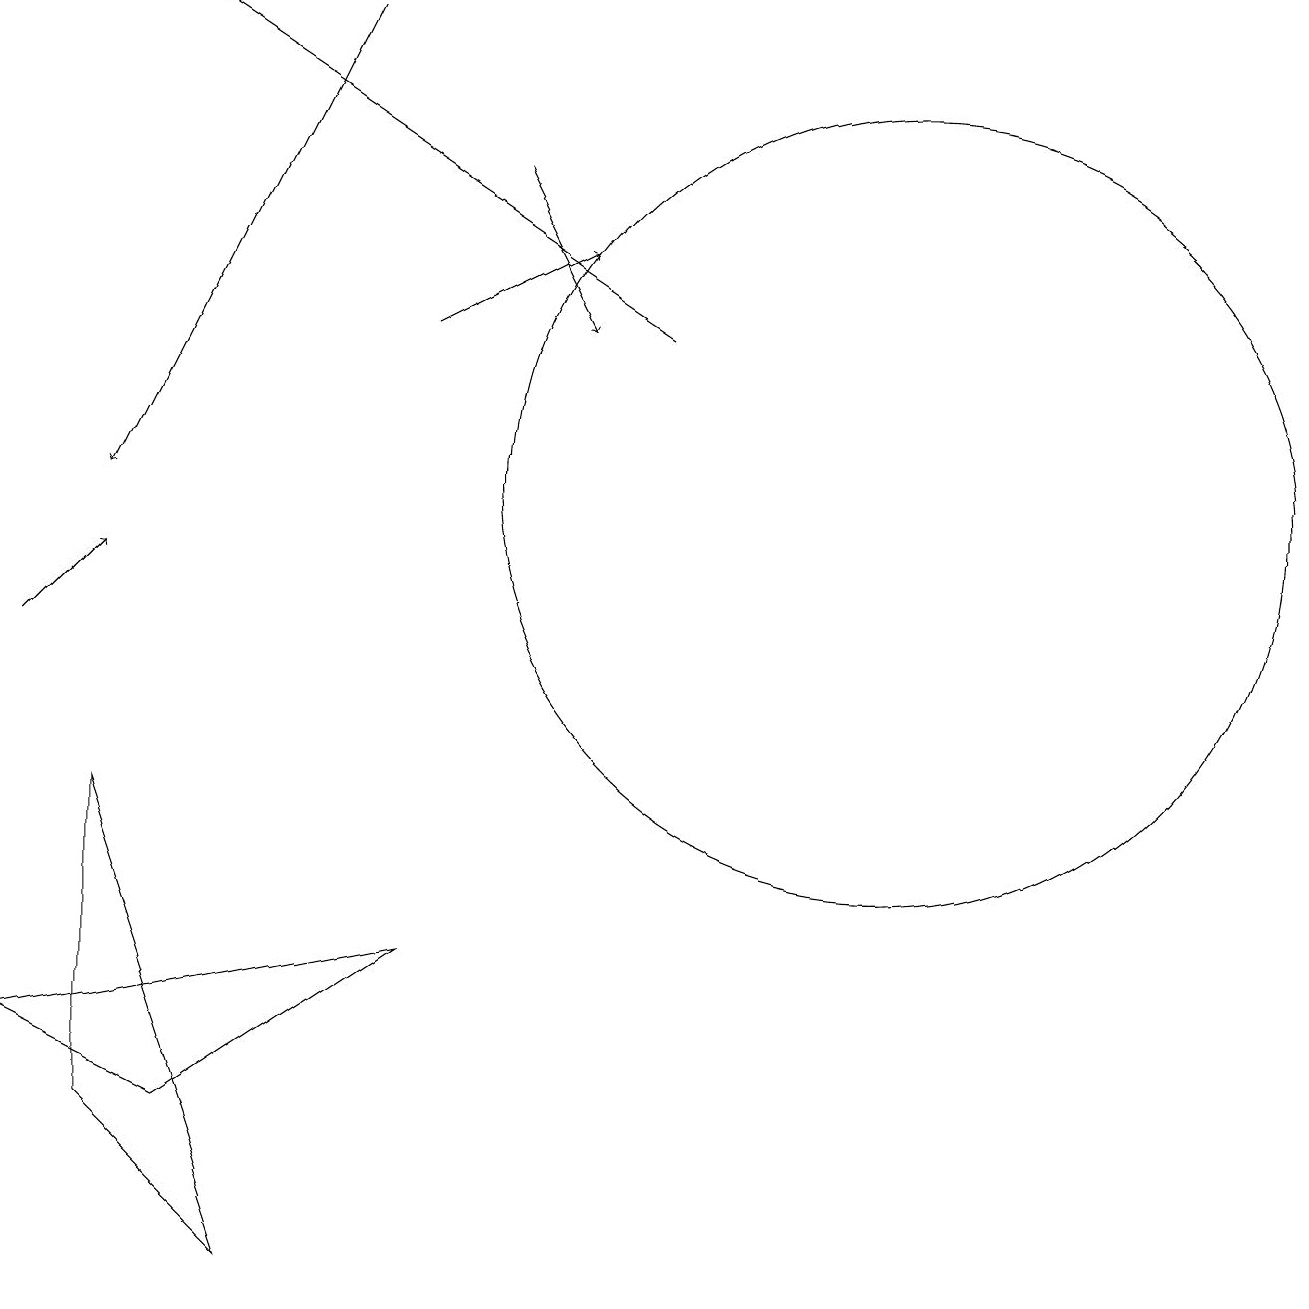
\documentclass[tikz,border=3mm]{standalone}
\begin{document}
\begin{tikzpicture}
\draw[->] (4,18) -- (1,12);
\draw[->] (6,16) -- (7,14);
\draw (11,12) circle (5);
\draw[->] (5,14) -- (7,15);
\draw[->] (8,14) -- (2,18);
\draw (1,8) -- (1,4) -- (3,2) -- cycle;
\draw (2,4) -- (5,6) -- (0,5) -- cycle;
\draw[->] (0,10) -- (1,11);
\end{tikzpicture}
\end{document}